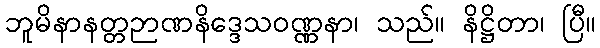
ဘူမိနာနတ္တဉာဏနိဒ္ဒေသဝဏ္ဏနာ၊ သည်။ နိဋ္ဌိတာ၊ ပြီ။